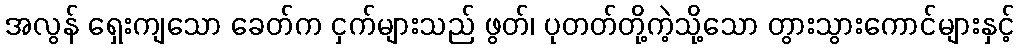
အလွန် ရှေးကျသော ခေတ်က ငှက်များသည် ဖွတ်၊ ပုတတ်တို့ကဲ့သို့သော တွားသွားကောင်များနှင့်